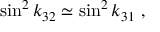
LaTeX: \sin ^ { 2 } k _ { 3 2 } \simeq \sin ^ { 2 } k _ { 3 1 } \ ,